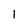
Character: 1